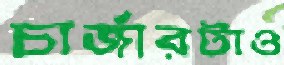
চার্জারটাও